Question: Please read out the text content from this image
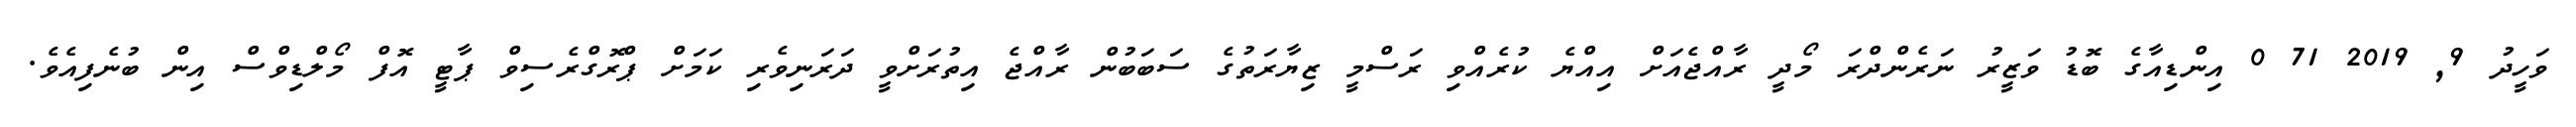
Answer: ވަހީދު 9, 2019 71 0 އިންޑިއާގެ ބޮޑު ވަޒީރު ނަރެންދްރަ މޯދީ ރާއްޖެއަށް އިއްޔެ ކުރެއްވި ރަސްމީ ޒިޔާރަތުގެ ސަބަބުން ރާއްޖެ އިތުރަށްވީ ދަރަނިވެރި ކަމަށް ޕްރޮގްރެސިވް ޕާޓީ އޮފް މޯލްޑިވްސް އިން ބުނެފިއެވެ.